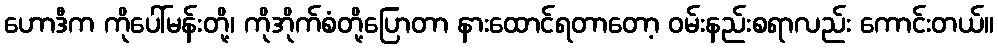
ဟောဒီက ကိုပေါ်မန်းတို့၊ ကိုအိုက်စံတို့ပြောတာ နားထောင်ရတာတော့ ဝမ်းနည်းစရာလည်း ကောင်းတယ်။